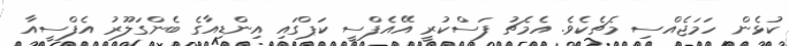
ކުޅެން ހަމަޖެއްސި މެޗެކެވެ. އެމެޗު ފަސްކުރީ އޭއެފްސީ ކަޕްގައި އިންޑިއާގެ ބެންގަލޫރު އެފްސީއާ